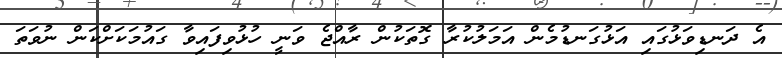
އެ ދަނޑިވަޅުގައި އަޅުގަނޑުމެން އަމަލުކުރާ ގޮތަކުން ރާއްޖެ ވަނީ ހުޅުވިފައިވާ ގައުމަކަށްކަން ނުވަތަ